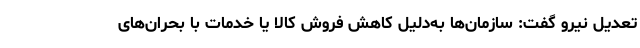
تعدیل نیرو گفت: سازمان‌ها به‌دلیل کاهش فروش کالا یا خدمات با بحران‌های